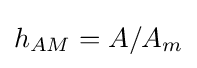
h_{AM}=A/A_{m}\,\!